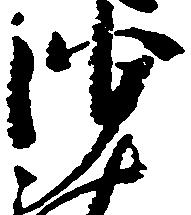
沙